Annual statistical returns and brief notes on vaccination in Bengal - 1909-1929
Year: 1909
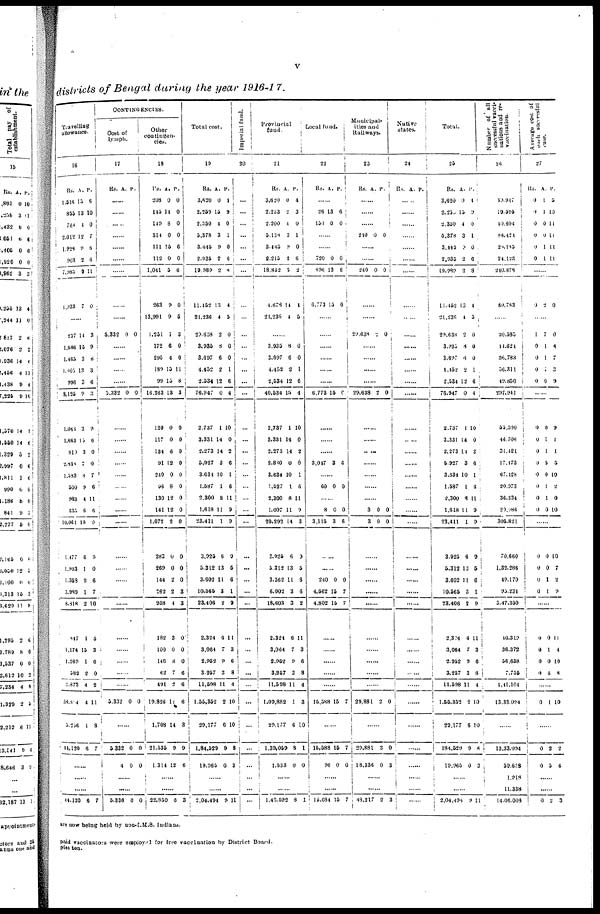
v
districts of Bengal during the year 1916-17.
Travelling
allowance.
16
Rs.
1,516
855
768
2,012
1,928
903
7,985
1,233
A.
15
13
4
12
9
2
9
7
P.
6
10
0
7
6
6
11
0
......
237
1,686
1,465
1,805
996
3,125
1,048
1,663
810
2,834
1,593
500
983
635
10,061
1,477
l,993
1,383
3,989
8,818
847
1,174
1,269
582
3,873
38,814
3,236
44,120
14
15
3
13
3
9
3
15
3
7
8
9
4
6
10
6
1
9
1
2
1
15
1
2
4
4
1
6
3
9
6
3
6
3
9
6
0
0
7
6
11
6
9
9
0
6
7
10
5
3
6
0
2
11
8
7
......
......
......
44,120 6 7
CONTINGENCIES.
Cost of
lymph.
17
R. A. P.
......
......
......
......
......
......
......
5,332 0 0
......
......
......
......
3,332 0 0
......
......
......
......
......
......
......
......
......
......
......
......
......
......
......
5,332 0 0
......
5832
4
0
0
0
0
......
......
5,336 0 0
Other
contingen¬
cies.
18
Rs.
208
145
149
314
111
112
1,041
263
13,991
1,231
172
295
189
99
16,263
120
117
134
91
240
96
130
141
1,072
283
269
144
262
958
182
100
146
62
491
19,826
1,708
21,535
4,314
A.
0
14
8
0
15
0
5
9
9
1
6
4
13
15
13
0
0
6
12
0
8
12
12
2
0
0
2
3
4
3
0
8
7
2
11
14
0
12
P.
0
0
0
0
6
0
6
0
5
3
0
0
11
8
3
0
0
0
0
0
0
0
0
0
0
0
0
3
3
0
0
0
6
6
6
3
9
6
......
......
33,850 6 3
Total cost.
19
Rs.
3,630
2,259
2,350
5,378
3,445
3,935
19,989
11,452
21,336
39,638
3,936
3,697
4,432
2,534
76,947
2,737
3,331
3,273
5,927
3,634
1,587
3,300
1,618
23,411
3,925
5,312
3,603
10,565
23,406
2,334
3,064
2,952
3,257
11,598
1,55,352
39,177
1,84,529
19,963
A.
0
15
4
3
9
2
2
13
4
2
8
6
2
12
0
1
14
14
3
10
1
8
11
1
6
13
11
3
2
6
7
9
3
11
2
6
9
0
P.
1
9
0
1
0
6
8
4
5
0
0
0
1
6
4
10
0
2
6
1
6
11
9
9
9
5
6
1
9
11
3
6
8
4
10
10
8
3
......
......
2,04,494 9 11
Imperial fund.
20
...
...
...
...
...
...
...
...
...
...
...
...
...
...
...
...
...
...
...
...
...
...
...
...
...
...
...
...
...
...
...
...
...
...
...
...
...
...
......
......
......
Provincial
fund.
21
Rs.
3,620
2,233
2,200
5,138
3,445
3,215
18,832
4,678
21,236
A.
0
2
4
3
9
2
5
14
4
P.
4
3
0
1
0
6
2
4
5
......
3,935
3,697
4,453
2,534
40,534
2,737
3,331
2,273
3,880
3,634
1,527
2,300
1,607
20,292
3,935
5,312
3,362
6,002
18,603
2,324
3,064
2,952
3,257
11,598
1,09,882
29,177
1,39,059
1,533
8
6
2
12
15
1
14
14
0
10
1
8
11
14
6
13
11
3
3
6
7
9
3
11
1
6
8
0
0
0
1
6
4
10
0
2
6
l
6
11
9
3
9
5
6
6
2
11
3
6
8
4
3
10
1
0
......
......
1,49,592 8 1
Local fund.
22
Rs. A. P.
......
26
150
13
0
6
0
......
......
720
896
6,773
0
13
13
0
6
0
......
......
6,773 15 0
......
......
......
3,047 3 6
......
60 0 0
......
8
3,116
0
3
0
6
......
......
240
4,562
4,802
0
16
16
0
7
7
......
......
......
......
......
15,588 15 7
......
15,588
96
15
0
7
0
......
......
16,684 15 7
Municipal-
ities and
Railways.
23
Rs. A. P.
......
......
......
210 0 0
......
......
240 0 0
......
......
29,638 2 0
29,638 2 0
......
......
......
......
......
......
......
3
3
0
0
0
0
......
......
......
......
......
......
......
......
......
39,881 2 0
......
29,881
18,336
3
0
0
3
......
48,317 2 3
Native
states.
24
Rs. A. P.
......
......
......
......
......
......
......
......
......
......
......
......
......
......
......
......
......
......
......
.
......
......
......
......
......
......
......
......
......
......
......
......
Total.
25
Rs.
3,620
2,35
2,330
6,378
3,443
2,935
19,989
11,452
21,236
29,638
3,935
3,697
4,452
2,534
76,947
2,737
3,331
2,273
5,927
3,834
1,587
2,300
1,618
23,411
3,925
5,312
3,603
10,566
23,406
2,324
3,064
3.952
3,257
11,598
1,55,352
29,177
184,529
19,965
A.
0
15
4
3
9
2
2
13
4
2
8
6
2
12
0
1
14
14
3
10
1
8
11
1
6
13
11
3
3
6
7
9
3
11
2
6
9
0
P.
4
9
0
1
0
6
8
4
3
0
0
0
1
6
4
10
0
2
6
1
8
11
9
9
9
5
6
1
9
11
3
6
8
4
10
10
8
3
......
......
2,04,494 9 11
Number of all
successful vacci-
nations and re¬
vaccination.
26
30,947
19,596
10,604
88,424
28,185
24,123
210,878
89,783
......
20,385
11,624
36,783
56,311
49,850
297,941
55,500
46,706
31,421
17,173
67,128
20,973
36,334
29,986
305,821
70,660
1,32,286
49,170
93,234
3,47,350
40,319
36,372
56,658
7,756
1,41,104
13,33,094
......
13,33,094
59,638
1,918
11,338
14,06,003
Average cost of
each successful
case.
27
Rs.
0
0
0
0
9
0
A.
1
1
0
0
1
1
P.
5
10
11
11
11
11
......
9
2
0
......
1
9
0
0
0
7
1
1
1
0
0
4
7
3
9
......
0
0
0
0
0
0
0
0
0
1
1
5
0
1
1
0
9
1
1
5
10
2
0
10
......
0
0
0
0
0
0
1
1
10
7
2
9
0
0
0
0
0
1
0
6
11
4
10
8
......
0 1 10
......
0
0
2
5
2
4
0
2 3
are now being held by non-I.M.S. Indians.
paid vaccinators were employed for free vaccination by District Board.
pies ten.